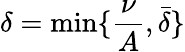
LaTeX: \delta=\operatorname*{min}\{ \frac\nu A,\bar{\delta}\}